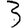
Digit: 3